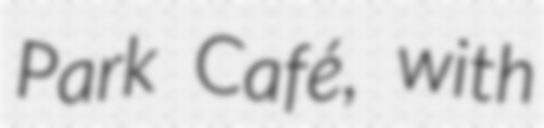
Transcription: Park Café, with